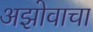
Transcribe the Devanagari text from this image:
अझोवाचा